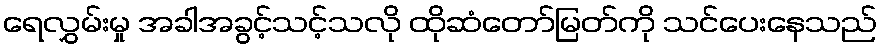
ရေလွှမ်းမှု အခါအခွင့်သင့်သလို ထိုဆံတော်မြတ်ကို သင်ပေးနေသည်